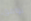
نوافق